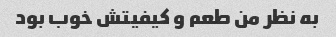
به نظر من طعم و کیفیتش خوب بود